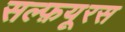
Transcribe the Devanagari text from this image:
सल्फ़यूरस